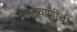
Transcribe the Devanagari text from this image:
अडवाणींची